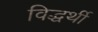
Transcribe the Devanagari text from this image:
विद्धर्थी